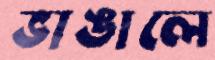
ভাঙালে